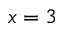
x = 3